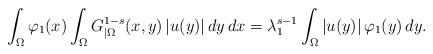
\begin{align*}\int_\Omega \varphi_1(x)\int_\Omega G_{|\Omega}^{1-s}(x,y)\left\vert u(y)\right\vert dy\, dx = \lambda_1^{s-1}\int_\Omega \left\vert u(y)\right\vert\varphi_1(y)\, dy. \end{align*}